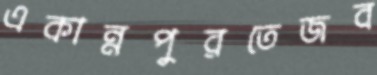
একান্নপুরতেজব